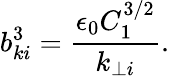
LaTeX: b_{ki}^{3}=\frac{\epsilon_{0}C_{1}^{3/2}}{k_{\perp i}}.